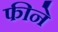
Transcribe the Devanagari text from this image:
फीने